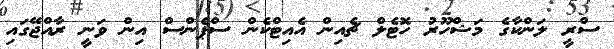
ސްރީ ލަންކާގެ މަޝްހޫރު ހޮޓެލް ޗެއިން އެއިޓްކެން ސްޕެންސް އިން ވަނީ ރާއްޖޭގައި